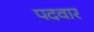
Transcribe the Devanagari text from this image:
पदवार